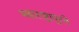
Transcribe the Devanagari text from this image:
महाराष्ट्रापुरते